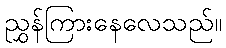
ညွှန်ကြားနေလေသည်။